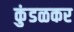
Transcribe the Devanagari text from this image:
कुंडळकर